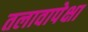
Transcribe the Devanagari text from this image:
तलावापेक्षा